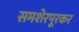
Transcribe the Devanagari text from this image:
समशेरपूरकर